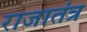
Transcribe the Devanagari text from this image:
राजातंत्र